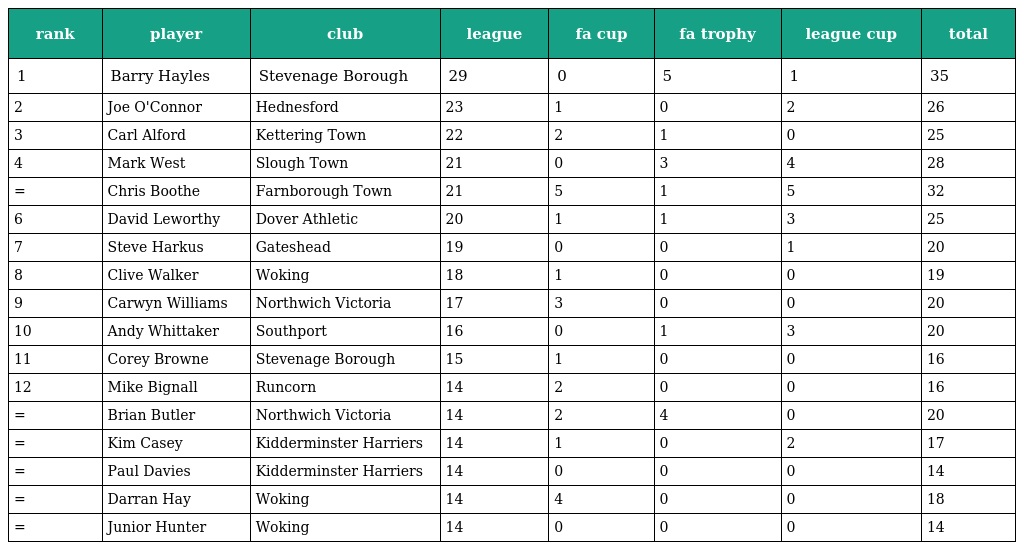
| rank | player | club | league | fa cup | fa trophy | league cup | total |
 | --- | --- | --- | --- | --- | --- | --- | --- |
 | 1 | Barry Hayles | Stevenage Borough | 29 | 0 | 5 | 1 | 35 |
 | 2 | Joe O'Connor | Hednesford | 23 | 1 | 0 | 2 | 26 |
 | 3 | Carl Alford | Kettering Town | 22 | 2 | 1 | 0 | 25 |
 | 4 | Mark West | Slough Town | 21 | 0 | 3 | 4 | 28 |
 | = | Chris Boothe | Farnborough Town | 21 | 5 | 1 | 5 | 32 |
 | 6 | David Leworthy | Dover Athletic | 20 | 1 | 1 | 3 | 25 |
 | 7 | Steve Harkus | Gateshead | 19 | 0 | 0 | 1 | 20 |
 | 8 | Clive Walker | Woking | 18 | 1 | 0 | 0 | 19 |
 | 9 | Carwyn Williams | Northwich Victoria | 17 | 3 | 0 | 0 | 20 |
 | 10 | Andy Whittaker | Southport | 16 | 0 | 1 | 3 | 20 |
 | 11 | Corey Browne | Stevenage Borough | 15 | 1 | 0 | 0 | 16 |
 | 12 | Mike Bignall | Runcorn | 14 | 2 | 0 | 0 | 16 |
 | = | Brian Butler | Northwich Victoria | 14 | 2 | 4 | 0 | 20 |
 | = | Kim Casey | Kidderminster Harriers | 14 | 1 | 0 | 2 | 17 |
 | = | Paul Davies | Kidderminster Harriers | 14 | 0 | 0 | 0 | 14 |
 | = | Darran Hay | Woking | 14 | 4 | 0 | 0 | 18 |
 | = | Junior Hunter | Woking | 14 | 0 | 0 | 0 | 14 |